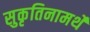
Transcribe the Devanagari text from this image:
सुकृतिनामर्थे